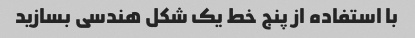
با استفاده از پنج خط یک شکل هندسی بسازید